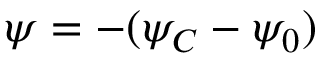
\psi = - ( \psi _ { C } - \psi _ { 0 } )